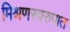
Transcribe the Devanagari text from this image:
मिश्रणस्वरुपात